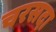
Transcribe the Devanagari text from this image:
चरसदा